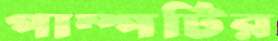
পাম্পটির